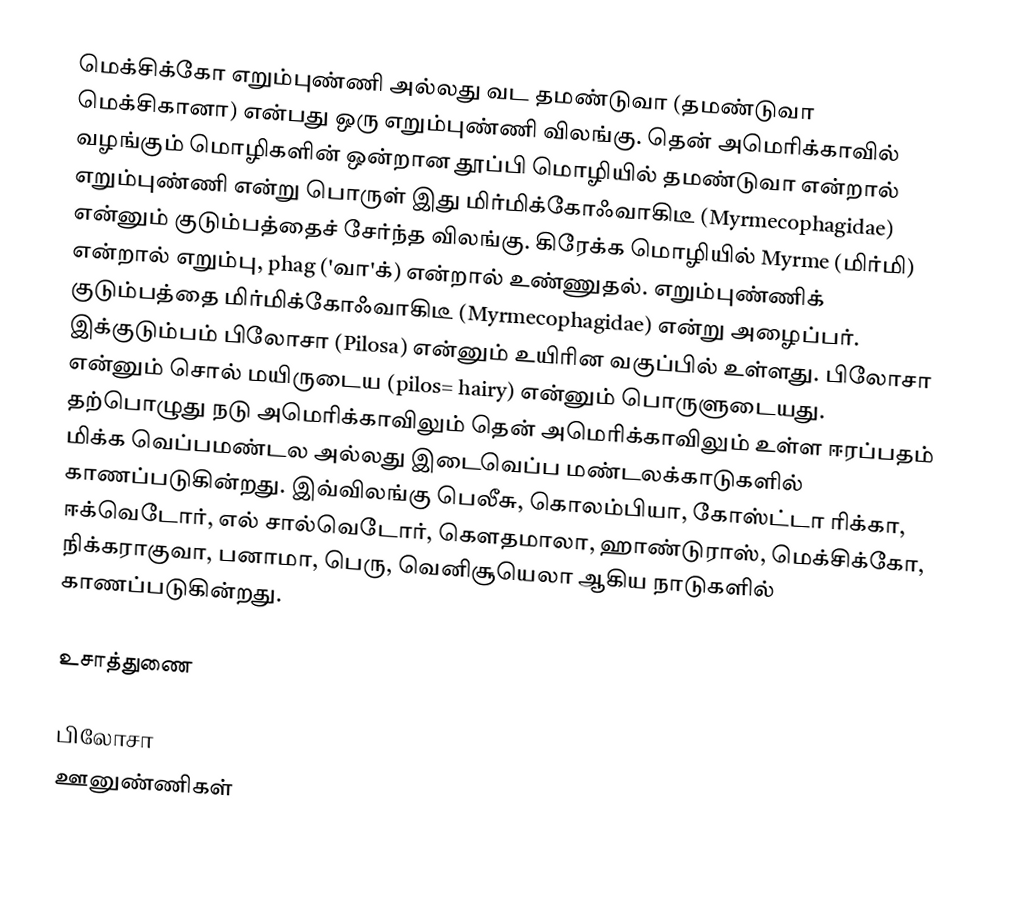
மெக்சிக்கோ எறும்புண்ணி அல்லது வட தமண்டுவா (தமண்டுவா மெக்சிகானா) என்பது ஒரு எறும்புண்ணி விலங்கு. தென் அமெரிக்காவில் வழங்கும் மொழிகளின் ஒன்றான தூப்பி மொழியில் தமண்டுவா என்றால் எறும்புண்ணி என்று பொருள்  இது மிர்மிக்கோஃவாகிடீ (Myrmecophagidae) என்னும் குடும்பத்தைச் சேர்ந்த விலங்கு. கிரேக்க மொழியில் Myrme (மிர்மி) என்றால் எறும்பு, phag ('வா'க்) என்றால் உண்ணுதல். எறும்புண்ணிக் குடும்பத்தை மிர்மிக்கோஃவாகிடீ (Myrmecophagidae) என்று அழைப்பர்.  இக்குடும்பம் பிலோசா (Pilosa) என்னும் உயிரின வகுப்பில் உள்ளது. பிலோசா என்னும் சொல் மயிருடைய (pilos= hairy) என்னும் பொருளுடையது. தற்பொழுது நடு அமெரிக்காவிலும் தென் அமெரிக்காவிலும் உள்ள ஈரப்பதம் மிக்க வெப்பமண்டல அல்லது இடைவெப்ப மண்டலக்காடுகளில் காணப்படுகின்றது. இவ்விலங்கு பெலீசு, கொலம்பியா, கோஸ்ட்டா ரிக்கா, ஈக்வெடோர், எல் சால்வெடோர், கௌதமாலா, ஹாண்டுராஸ், மெக்சிக்கோ, நிக்கராகுவா, பனாமா, பெரு, வெனிசூயெலா ஆகிய நாடுகளில் காணப்படுகின்றது.

உசாத்துணை

பிலோசா
ஊனுண்ணிகள்